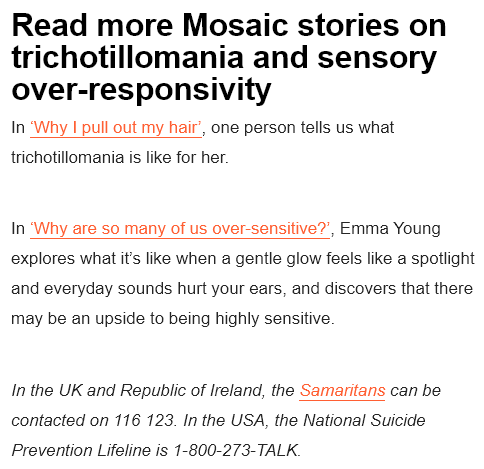
Read    more    Mosaic    stories    on
  trichotillomania    and    sensory
  over-responsivity
  In ‘Why | pull out my hair’, one person tells us what
  trichotillomania is like for her.
  In ‘Why are so many of us over-sensitive?’, Emma Young
  explores what it's like when a gentle glow feels like a spotlight
  and everyday sounds hurt your ears, and discovers that there
  may be an upside to being highly sensitive.
  In the UK and Republic of Ireland, the Samaritans can be
  contacted on 116 123. In the USA, the National Suicide
  Prevention Lifeline is 1-800-273-TALK.